Civil Veterinary Department. Madras. Admin. report 1910-25 - 1910-1925
Year: 1910
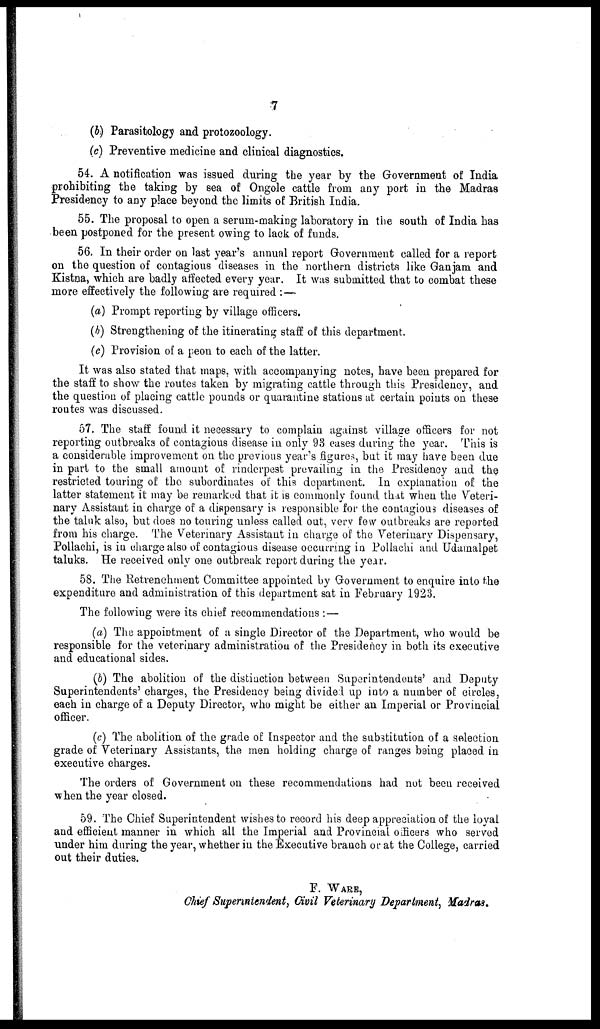
7
(b) Parasitology and protozoology.
(c) Preventive medicine and clinical diagnostics.
54. A notification was issued during the year by the Government of India
prohibiting the taking by sea of Ongole cattle from any port in the Madras
Presidency to any place beyond the limits of British India.
55. The proposal to open a serum-making laboratory in the south of India has
been postponed for the present owing to lack of funds.
56. In their order on last year's annual report Government called for a report
on the question of contagious diseases in the northern districts like Ganjam and
Kistna, which are badly affected every your. It was submitted that to combat these
more effectively the following are required : —
(a) Prompt reporting by village officers.
(b) Strengthening of the itinerating staff of this department.
(c) Provision of a peon to each of the latter.
It was also stated that maps, with accompanying notes, have been prepared for
the staff to show the routes taken by migrating cattle through this Presidency, and
the question of placing cattle pounds or quarantine stations at certain points on these
routes was discussed.
57. The staff found it necessary to complain against village officers for not
reporting outbreaks of contagious disease in only 93 cases during the year. This is
a considerable improvement on the previous year's figures, but it may have been due
in part to the small amount of rinderpest prevailing in the Presidency and the
restricted touring of the subordinates of this department. In explanation of the
latter statement it may be remarked that it is commonly found that when the Veteri-
nary Assistant in charge of a dispensary is responsible for the contagious diseases of
the taluk also, but does no touring unless called out, very few outbreaks are reported
from his charge. The Veterinary Assistant in charge of the Veterinary Dispensary,
Pollachi, is in charge also of contagious disease occurring in Pollachi and Udamalpet
taluks. He received only one outbreak report daring the year.
58. The Retrenchment Committee appointed by Government to enquire into the
expenditure and administration of this department sat in February 1923.
The following were its chief recommendations : —
(a) The appointment of a single Director of the Department, who would be
responsible for the veterinary administration of the Presidency in both its executive
and educational sides.
(b) The abolition of the distinction between Superintendents' and Deputy
Superintendents' charges, the Presidency being divided up into a number of circles,
each in charge of a Deputy Director, who might be either an Imperial or Provincial
officer.
(c) The abolition of the grade of Inspector and the substitution of a selection
grade of Veterinary Assistants, the men holding charge of ranges being placed in
executive charges.
The orders of Government on these recommendations had not been received
when the year closed.
59. The Chief Superintendent wishes to record his deep appreciation of the loyal
and efficient manner in which all the Imperial and Provincial officers who served
under him during the year, whether in the Executive branch or at the College, carried
out their duties.
F. WARE,
Chief Superintendent, Civil Veterinary Department, Madras.